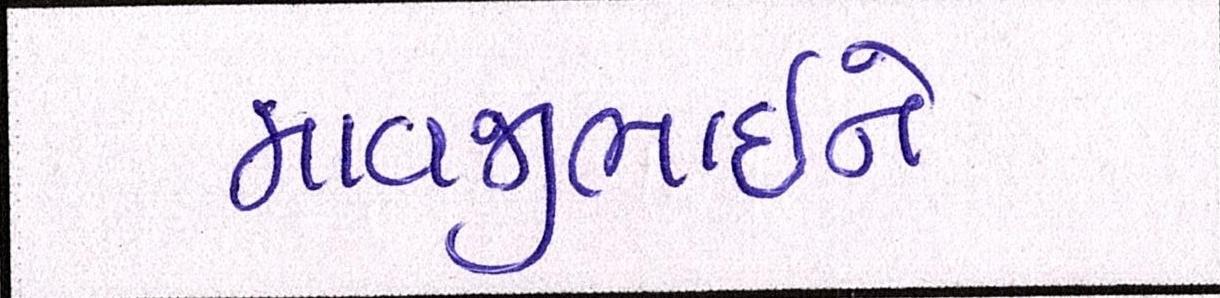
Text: માવજીભાઇને